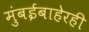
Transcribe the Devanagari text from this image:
मुंबईबाहेरही